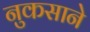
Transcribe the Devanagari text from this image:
नुकसाने